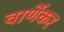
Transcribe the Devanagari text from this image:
वार्णेकर